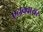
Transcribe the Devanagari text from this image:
एनक्वायर